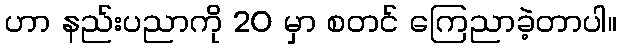
ဟာ နည်းပညာကို 20 မှာ စတင် ကြေညာခဲ့တာပါ။